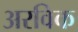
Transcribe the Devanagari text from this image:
अरविक